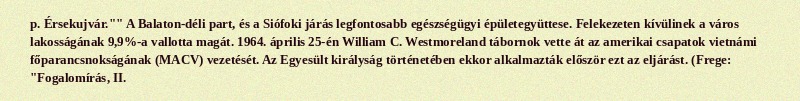
p. Érsekujvár."" A Balaton-déli part, és a Siófoki járás legfontosabb egészségügyi épületegyüttese. Felekezeten kívülinek a város lakosságának 9,9%-a vallotta magát. 1964. április 25-én William C. Westmoreland tábornok vette át az amerikai csapatok vietnámi főparancsnokságának (MACV) vezetését. Az Egyesült királyság történetében ekkor alkalmazták először ezt az eljárást. (Frege: "Fogalomírás, II.